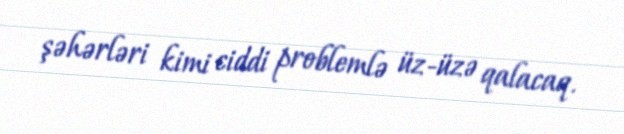
şəhərləri kimi ciddi problemlə üz-üzə qalacaq.